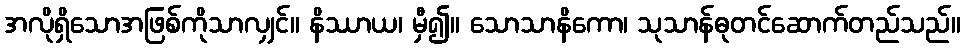
အလိုရှိသောအဖြစ်ကိုသာလျှင်။ နိဿာယ၊ မှီ၍။ သောသာနိကော၊ သုသာန်ဓုတင်ဆောက်တည်သည်။